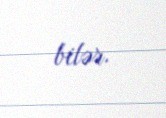
bilər.